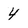
Character: 4